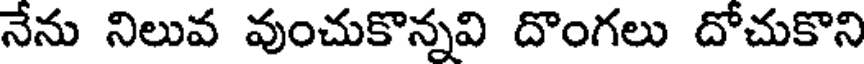
నేను నిలువ వుంచుకొన్నవి దొంగలు దోచుకొని